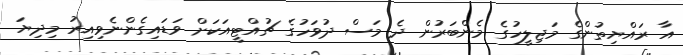
އާ ރައްޔިތުންގެ މަޖިލީހުގެ މެންބަރުން ދެ މަސް ދުވަހުގެ ޗުއްޓީއަކަށް ވަޑައިގެންނެވިއިރު މިދިޔަ